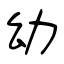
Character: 幼